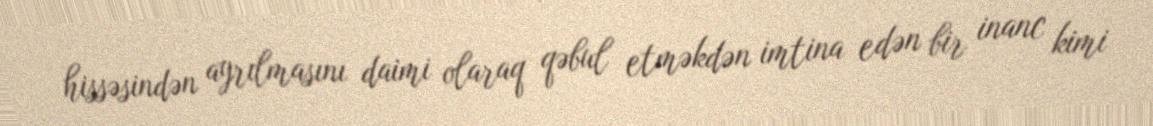
hissəsindən ayrılmasını daimi olaraq qəbul etməkdən imtina edən bir inanc kimi